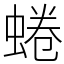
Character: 蜷